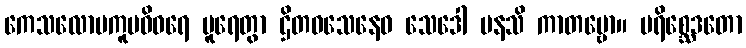
ကေသလောမကူပဝိဝရေ ပူရေတွာ ဌိတဝသေနေဝ သေဒေါ မနသိ ကာတဗ္ဗော။ ပရိစ္ဆေဒတော